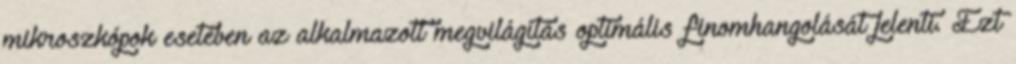
mikroszkópok esetében az alkalmazott megvilágítás optimális finomhangolását jelenti. Ezt